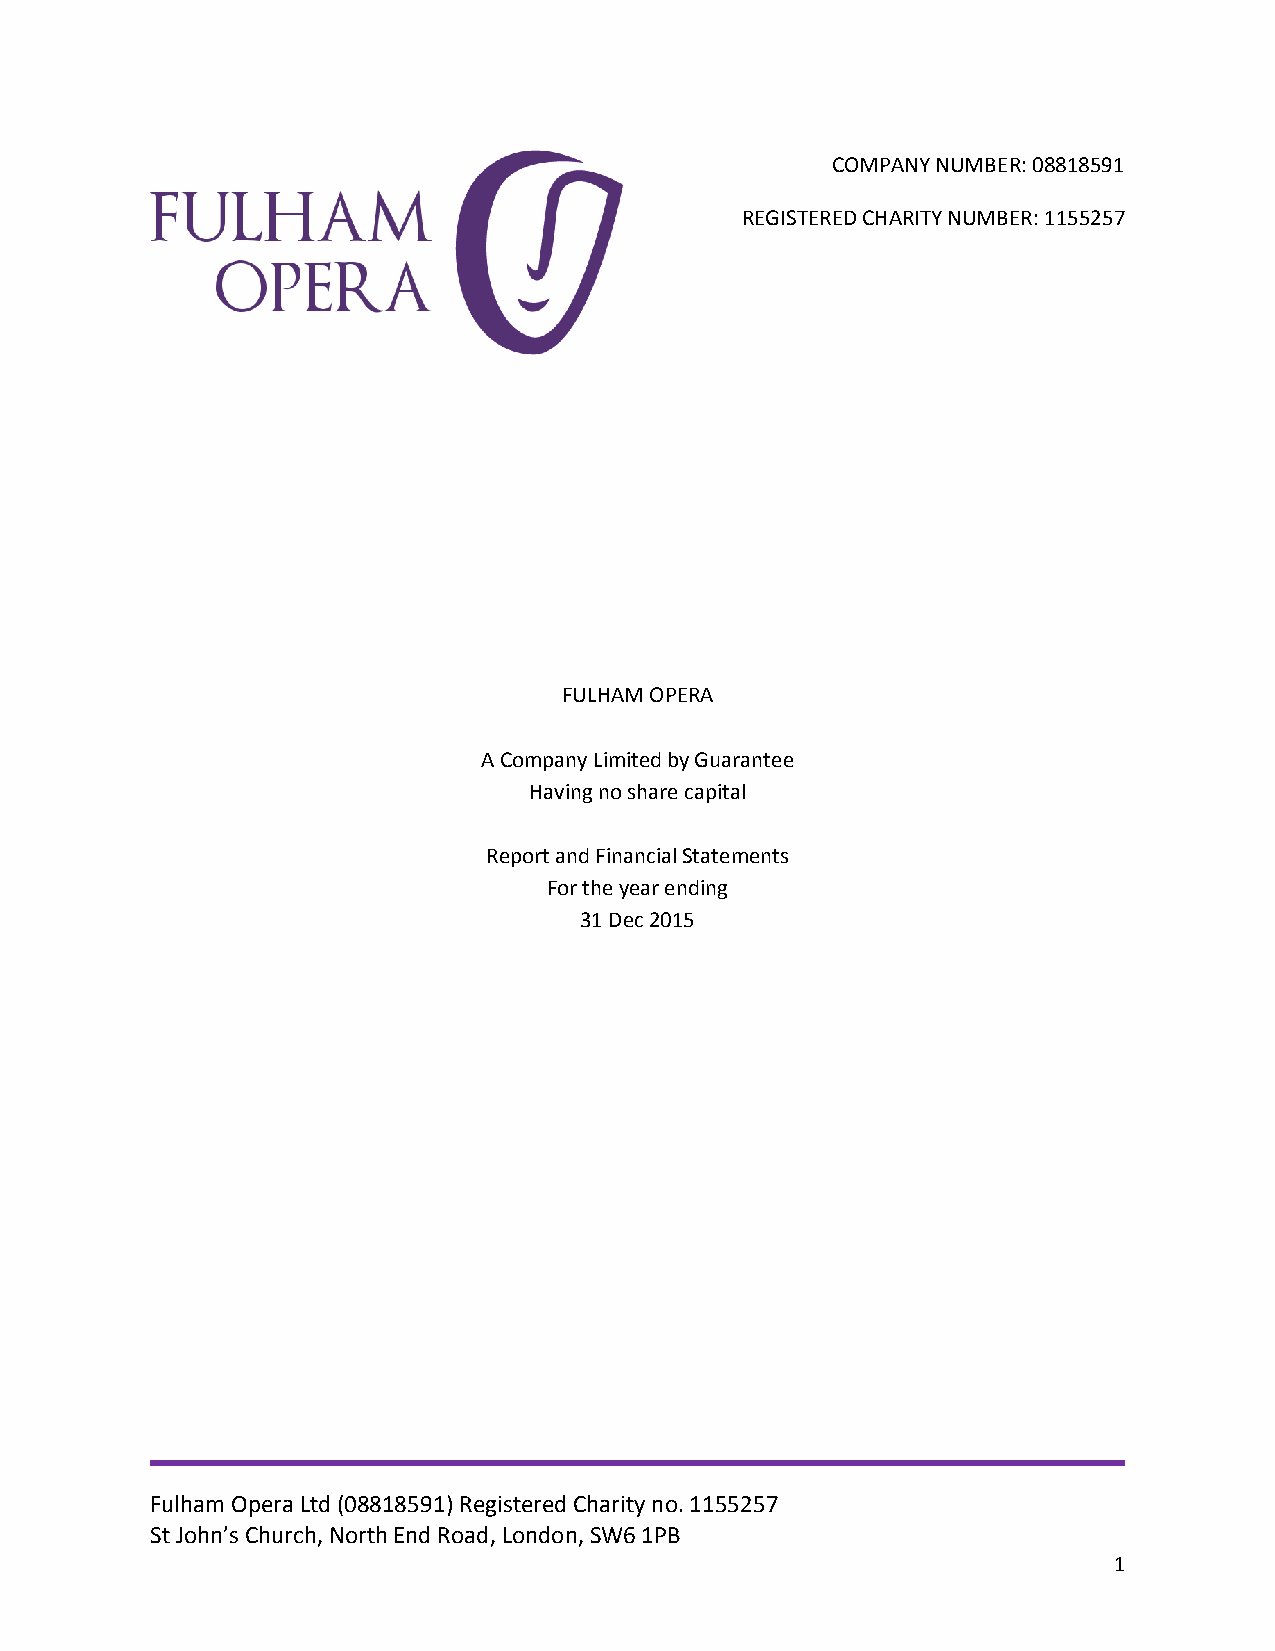
COMPANY NUMBER: 08818591
 REGISTERED CHARITY NUMBER: 1155257
 FULHAM OPERA
 A Company Limited by Guarantee
 Having no share capital
 Report and Financial Statements
 For the year ending
 31 Dec 2015
 Fulham Opera Ltd (08818591) Registered Charity no. 1155257
 St John’s Church, North End Road, London, SW6 1PB
 1